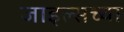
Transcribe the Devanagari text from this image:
जाइल्सच्या